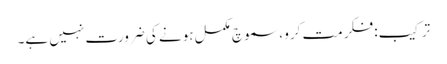
ترکیب: فکر مت کرو ، سموچ مکمل ہونے کی ضرورت نہیں ہے۔